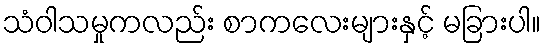
သံဝါသမှုကလည်း စာကလေးများနှင့် မခြားပါ။